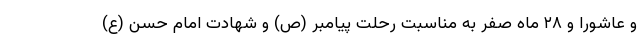
و عاشورا و ۲۸ ماه صفر به مناسبت رحلت پیامبر (ص) و شهادت امام حسن (ع)